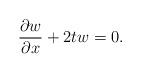
LaTeX: \begin{align*}\frac{\partial w}{\partial x}+2t w =0.\end{align*}